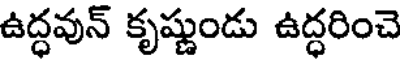
ఉద్ధవున్ కృష్ణుండు ఉద్ధరించె